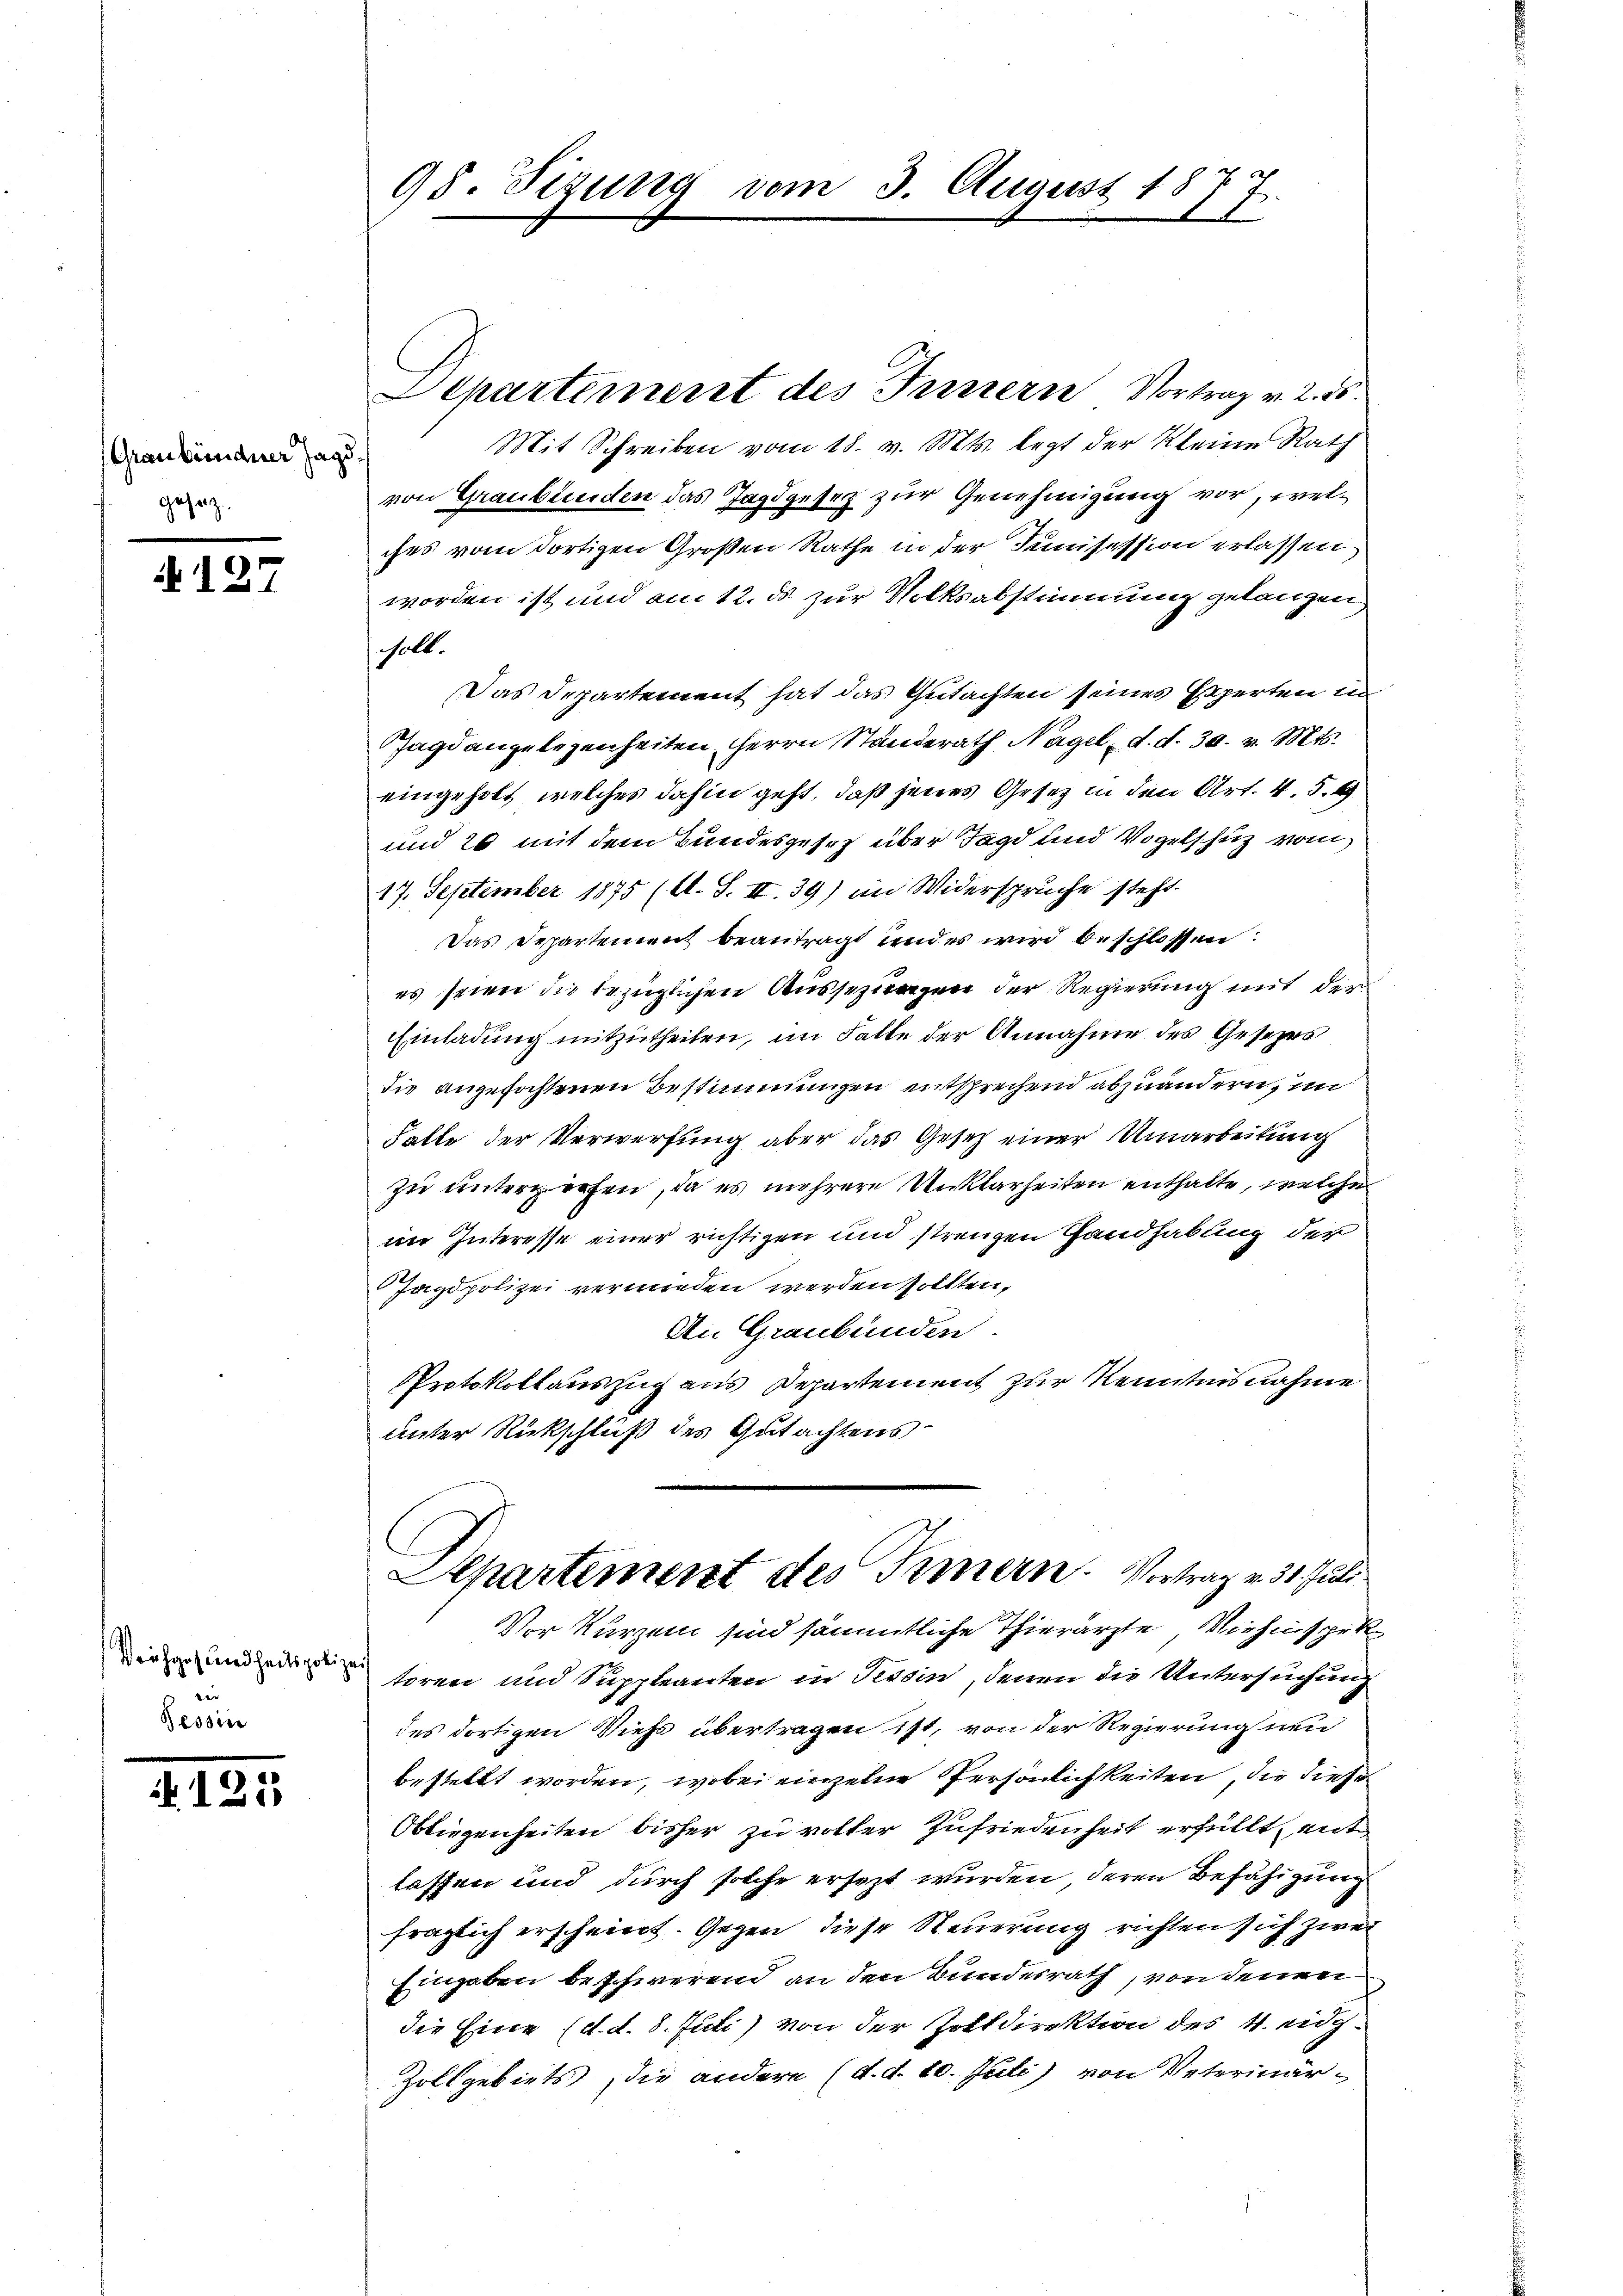
Graubündner Jagd.
gesetz.

N 127

Weichgesundheitspolize
Tessin

N 121

98. Sizung vom 3. August 187
1

parternerst des Innern Vortrag v. 2. 55.
Mit Schreiben vom 18. v. Mts. legt der Kleine Rath
von Graubünden das Jagdgesez zur Genehmigung vor, welches vom dortigen Großen Rathe in der Junisession erlassen
worden ist und am 12. ds zur Volksabstimmung gelangen
soll.
Das Departement hat das Gutachten seines Experten in
Jagdangelegenheiten Herrn Standerath Nagel, d. d. 30. v. Mts.
eingeholt, welches dahin geht, daß jenes Gesetz in den Art. 4. 5. 9
und 26 mit dem Bundesgesez über Tage und Vogelschutz vom
17. September 1875 (lt. S. III. 39) im Widerspruche steht.
Das Departement beantragt und es wird beschlossen:
es seien die bezüglichen Aussezungen der Regierung mit der
Einladung mitzutheilen, im Falle der Annahme des Gesezes
die angefochtenen Bestimmungen entsprechend abzuändern, im
Falle der Verwerfung aber das Gesetz einer Umarbeitung
zu unterwerfen, da es mehrere Unklarheiten enthalte, welche
im Interesse einer richtigen und strengen Handhabung der
Jagdpolizei vermieden werden sollten,
An Graubünden.
Protokollauszug aus Departement zur Kenntnisnahme
unter Rückschluß des Gutachtens

Vor Kurzem sind sämmtliche Thierärzte, Viehenspektoren und Suppleanten in Tessin, denen die Untersuchung
des dortigen Viehs übertragen ist, von der Regierung in
bestellt worden, wobei einzelne Persönlichkeiten, die diese
Obliegenheiten bisher zu voller Zufriedenheit erfüllt, entlassen und durch solche ersezt wurden, deren Befähigung
fraglich erscheint. Gegen diese Steuerung richten sich zwei
Eingaben beschwerend an den Bundesrath, von denen
die Eine (d. d. 8. Juli) von der Zolldirektion des 4. eidg.
Zollgebiets die andere (d. d. 10. Juli) von Veterinär-

Apartement des Innern. Vortrag v. 31. Juli